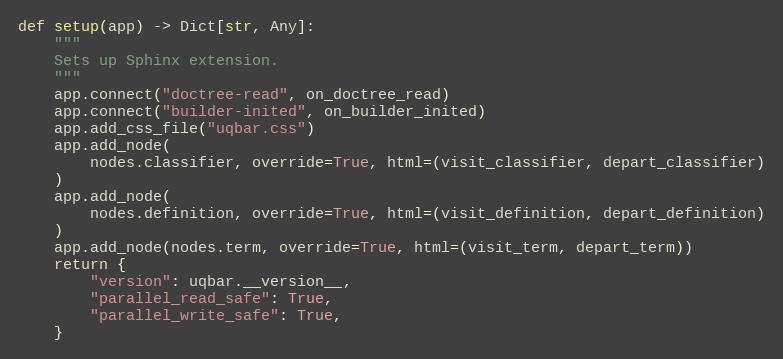
Language: Python
def setup(app) -> Dict[str, Any]:
    """
    Sets up Sphinx extension.
    """
    app.connect("doctree-read", on_doctree_read)
    app.connect("builder-inited", on_builder_inited)
    app.add_css_file("uqbar.css")
    app.add_node(
        nodes.classifier, override=True, html=(visit_classifier, depart_classifier)
    )
    app.add_node(
        nodes.definition, override=True, html=(visit_definition, depart_definition)
    )
    app.add_node(nodes.term, override=True, html=(visit_term, depart_term))
    return {
        "version": uqbar.__version__,
        "parallel_read_safe": True,
        "parallel_write_safe": True,
    }